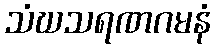
သံဃသရဏဂမနံ